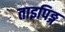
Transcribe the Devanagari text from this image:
ताइपिङ्ग